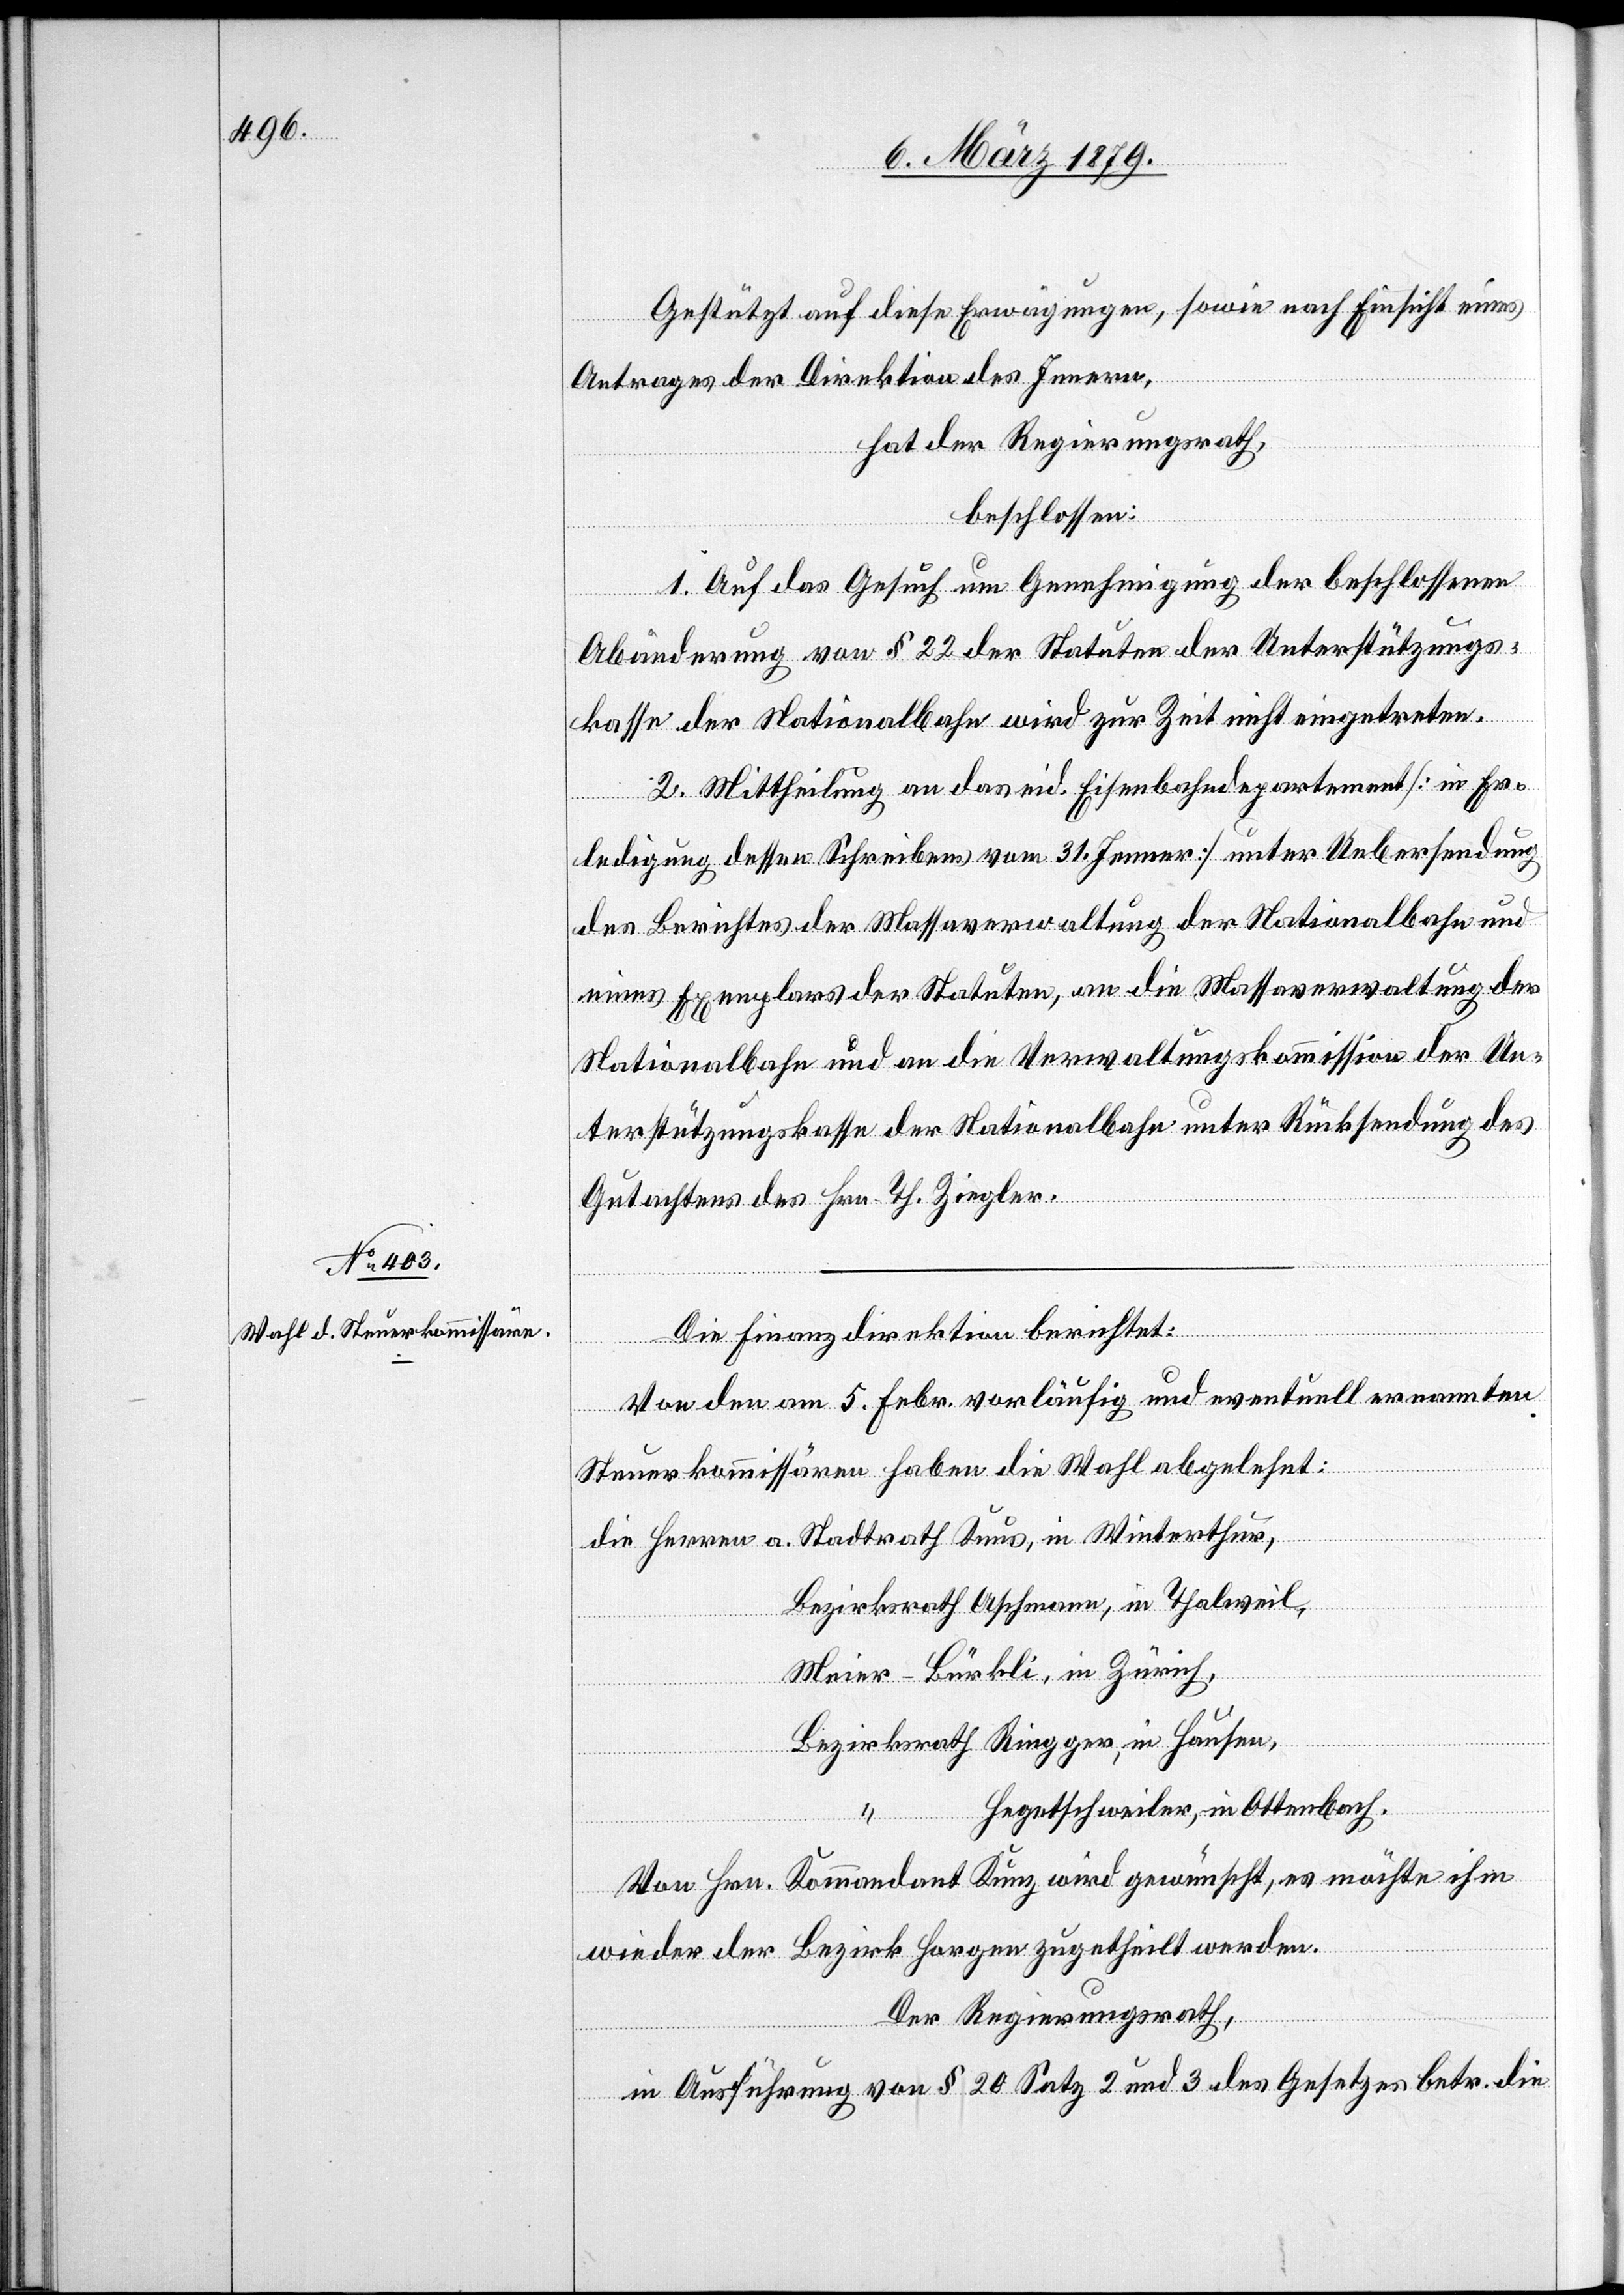
Gestützt auf diese Erwägungen, sowie nach Einsicht eines
Winterthur,
Antrages der Direktion des Innern,
hat der Regierungsrath,
beschlossen:
1. Auf das Gesuch um Genehmigung der beschlossenen
Abänderung von § 22 der Statuten der Unterstützungs¬
in
kasse der Nationalbahn wird zur Zeit nicht eingetreten.
2. Mittheilung an das eid. Eisenbahndepartement [in Er¬
ledigung dessen Schreibens vom 31. Jenner] unter Uebersendung
des Berichtes der Massaverwaltung der Nationalbahn und
eines Exemplars der Statuten, an die Massaverwaltung der
Nationalbahn und an die Verwaltungskommission der Un¬
terstützungskasse der Nationalbahn unter Rücksendung des
Knus,
Gutachtens des Hrn. Th. Ziegler.
Die Finanzdirektion berichtet:
Von den am 5. Febr. vorläufig und eventuell ernannten
Steuerkommissären haben die Wahl abgelehnt:
Bezirksrath Aschmann, in Thalweil,
Meier-Bürkli, in Zürich,
Bezirksrath Ringger, in Hausen,
Hegetschweiler, in Ottenbach.
Von Hrn. Kommandant Kunz wird gewünscht, es möchte ihm
wieder der Bezirk Horgen zugetheilt werden.
Der Regierungsrath,
in Ausführung von § 20 Satz 2 und 3 des Gesetzes betr. die